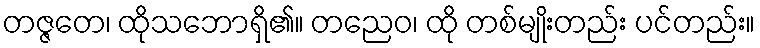
တဇ္ဇတေ၊ ထိုသဘောရှိ၏။ တညေဝ၊ ထို တစ်မျိုးတည်း ပင်တည်း။